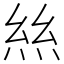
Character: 𢇁